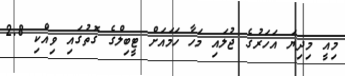
މިއީ މިދިޔަ އަހަރުގެ ޖުލައި މަހާ ހަމައަށް ޓީބިލްގެ ގޮތުގައި ވިއްކި 2.8